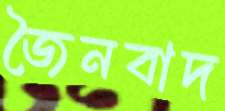
জৈনবাদ